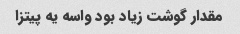
مقدار گوشت زیاد بود واسه یه پیتزا